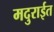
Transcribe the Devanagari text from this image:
मदुराईत